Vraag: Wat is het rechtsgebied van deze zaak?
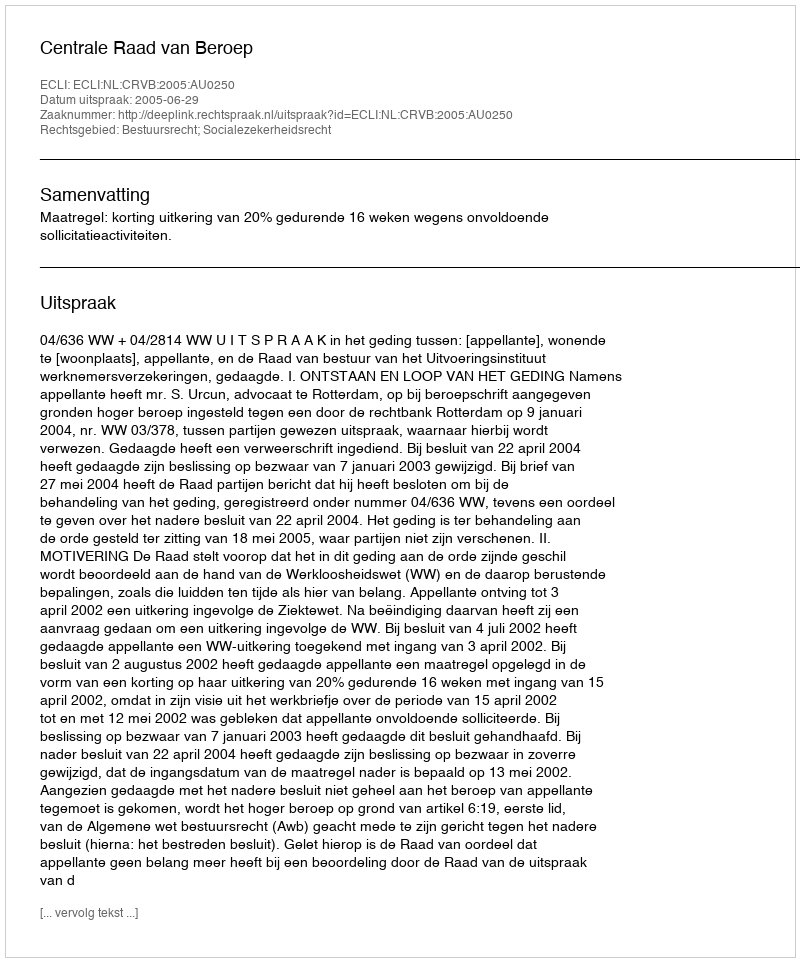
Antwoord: Bestuursrecht; Socialezekerheidsrecht